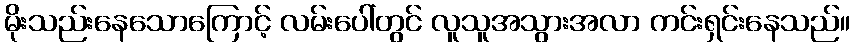
မိုးသည်းနေသောကြောင့် လမ်းပေါ်တွင် လူသူအသွားအလာ ကင်းရှင်းနေသည်။